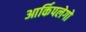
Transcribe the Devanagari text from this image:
आर्किपलेगो